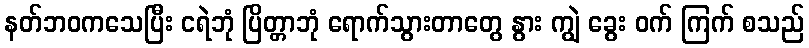
နတ်ဘဝကသေပြီး ငရဲဘုံ ပြိတ္တာဘုံ ရောက်သွားတာတွေ နွား ကျွဲ ခွေး ဝက် ကြက် စသည်